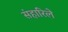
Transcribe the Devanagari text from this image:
संहारिले